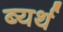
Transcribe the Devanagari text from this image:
ब्यर्थ